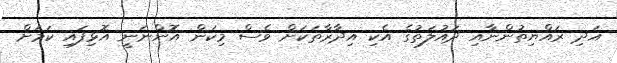
އަދި ރައްޔިތުންނާއި ދައުލަތުގެ އެކި އިދާރާތަކަށް ވެސް މިކަން އޮންނަނީ އޮޅިފައި ކަމަށް